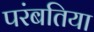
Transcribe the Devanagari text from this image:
परंबतिया